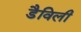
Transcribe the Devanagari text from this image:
डैविली